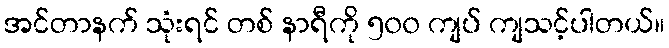
အင်တာနက် သုံးရင် တစ် နာရီကို ၅၀၀ ကျပ် ကျသင့်ပါတယ်။